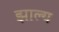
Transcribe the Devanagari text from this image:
झाल्य